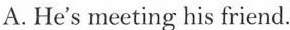
A.He's meeting his friend.